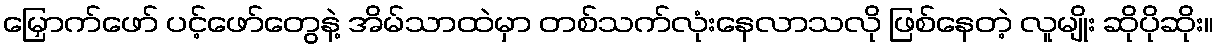
မြှောက်ဖော် ပင့်ဖော်တွေနဲ့ အိမ်သာထဲမှာ တစ်သက်လုံးနေလာသလို ဖြစ်နေတဲ့ လူမျိုး ဆိုပိုဆိုး။